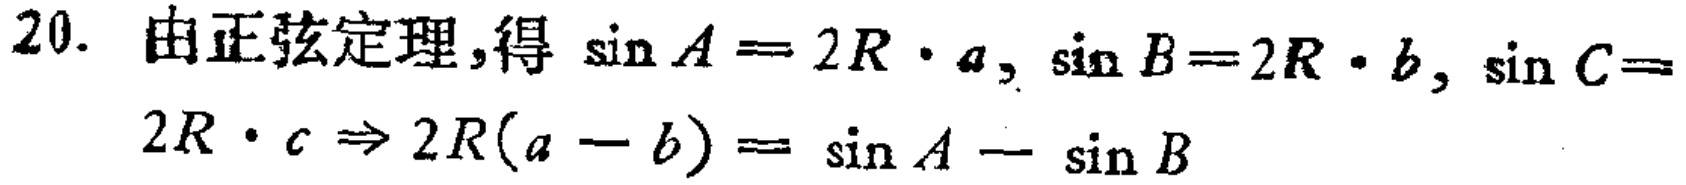
20. 由正弦定理,得 \(\sin A = 2R\cdot a, \sin B = 2R\cdot b, \sin C = 2R\cdot c\Rightarrow 2R(a - b)=\sin A-\sin B\)